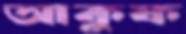
আকুফ